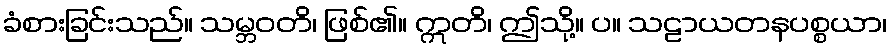
ခံစားခြင်းသည်။ သမ္ဘဝတိ၊ ဖြစ်၏။ ဣတိ၊ ဤသို့။ ပ။ သဠာယတနပစ္စယာ၊